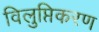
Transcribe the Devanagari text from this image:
विलुप्तिकरण